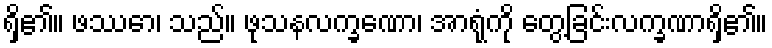
ရှိ၏။ ဖဿော၊ သည်။ ဖုသနလက္ခဏော၊ အာရုံကို တွေ့ခြင်းလက္ခဏာရှိ၏။